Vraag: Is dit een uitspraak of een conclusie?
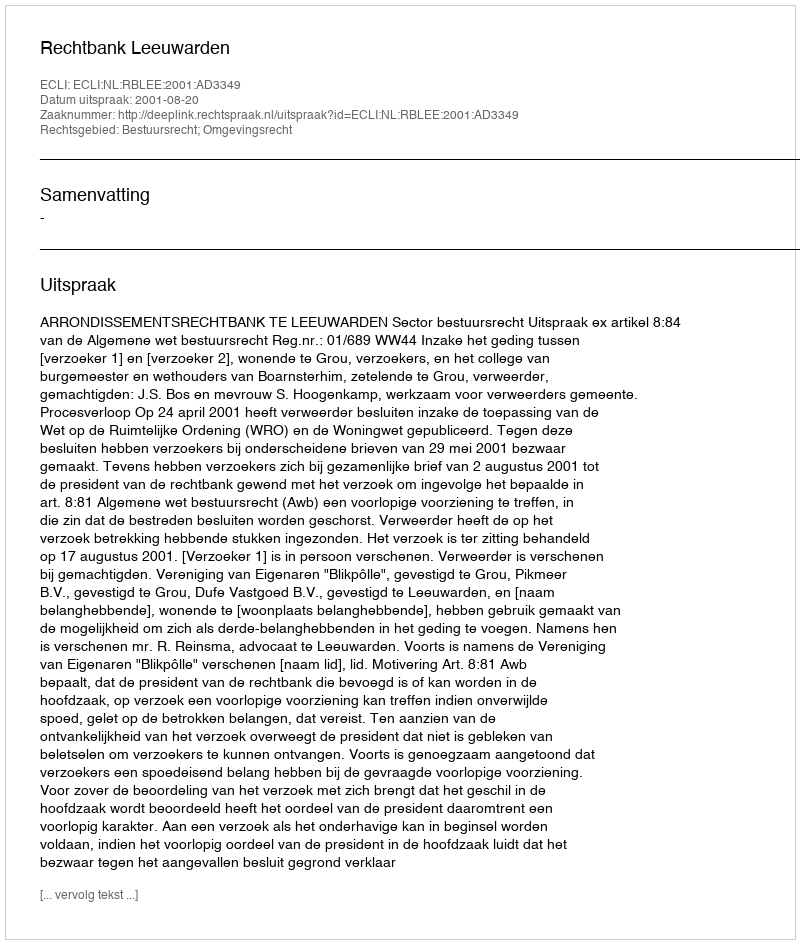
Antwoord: Uitspraak